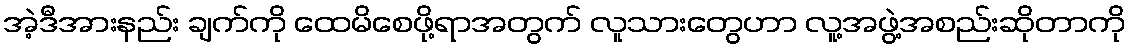
အဲ့ဒီအားနည်း ချက်ကို ထေမိစေဖို့ရာအတွက် လူသားတွေဟာ လူ့အဖွဲ့အစည်းဆိုတာကို